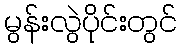
မွန်းလွဲပိုင်းတွင်